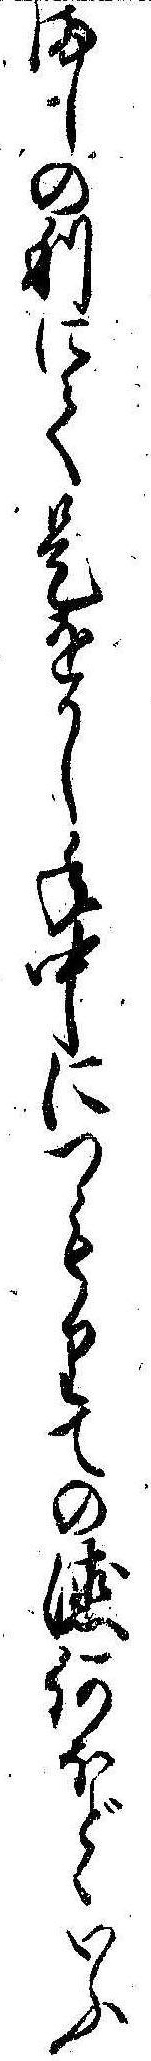
ましの利にて是をかし年中につもりての徳何ほどゝいふ